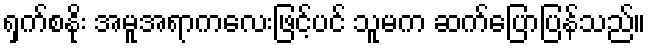
ရှက်စနိုး အမူအရာကလေးဖြင့်ပင် သူမက ဆက်ပြောပြန်သည်။